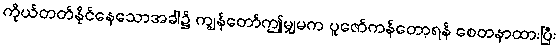
ကိုယ်တတ်နိုင်နေသောအခါ၌ ကျွန်တော်ဤမျှမက ပူဇော်ကန်တော့ရန် စေတနာထားပြီး